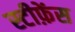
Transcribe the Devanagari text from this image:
स्टीफ़ेंस